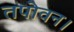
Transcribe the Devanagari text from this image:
तपोवन।